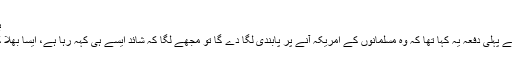
بشکریہ:جنتّ مجید
جب ڈونلڈ ٹرمپ نے پہلی دفعہ یہ کہا تھا کہ وہ مسلمانوں کے امریکہ آنے پر پابندی لگا دے گا تو مجھے لگا کہ شائد ایسے ہی کہہ رہا ہے، ایسا بھلا کیسے ہوسکتا ہے۔